DOW-UAP-D48, Department of the Air Force Report, 1996
Agency: Department of War
Incident date: 9/10/96
Page 6
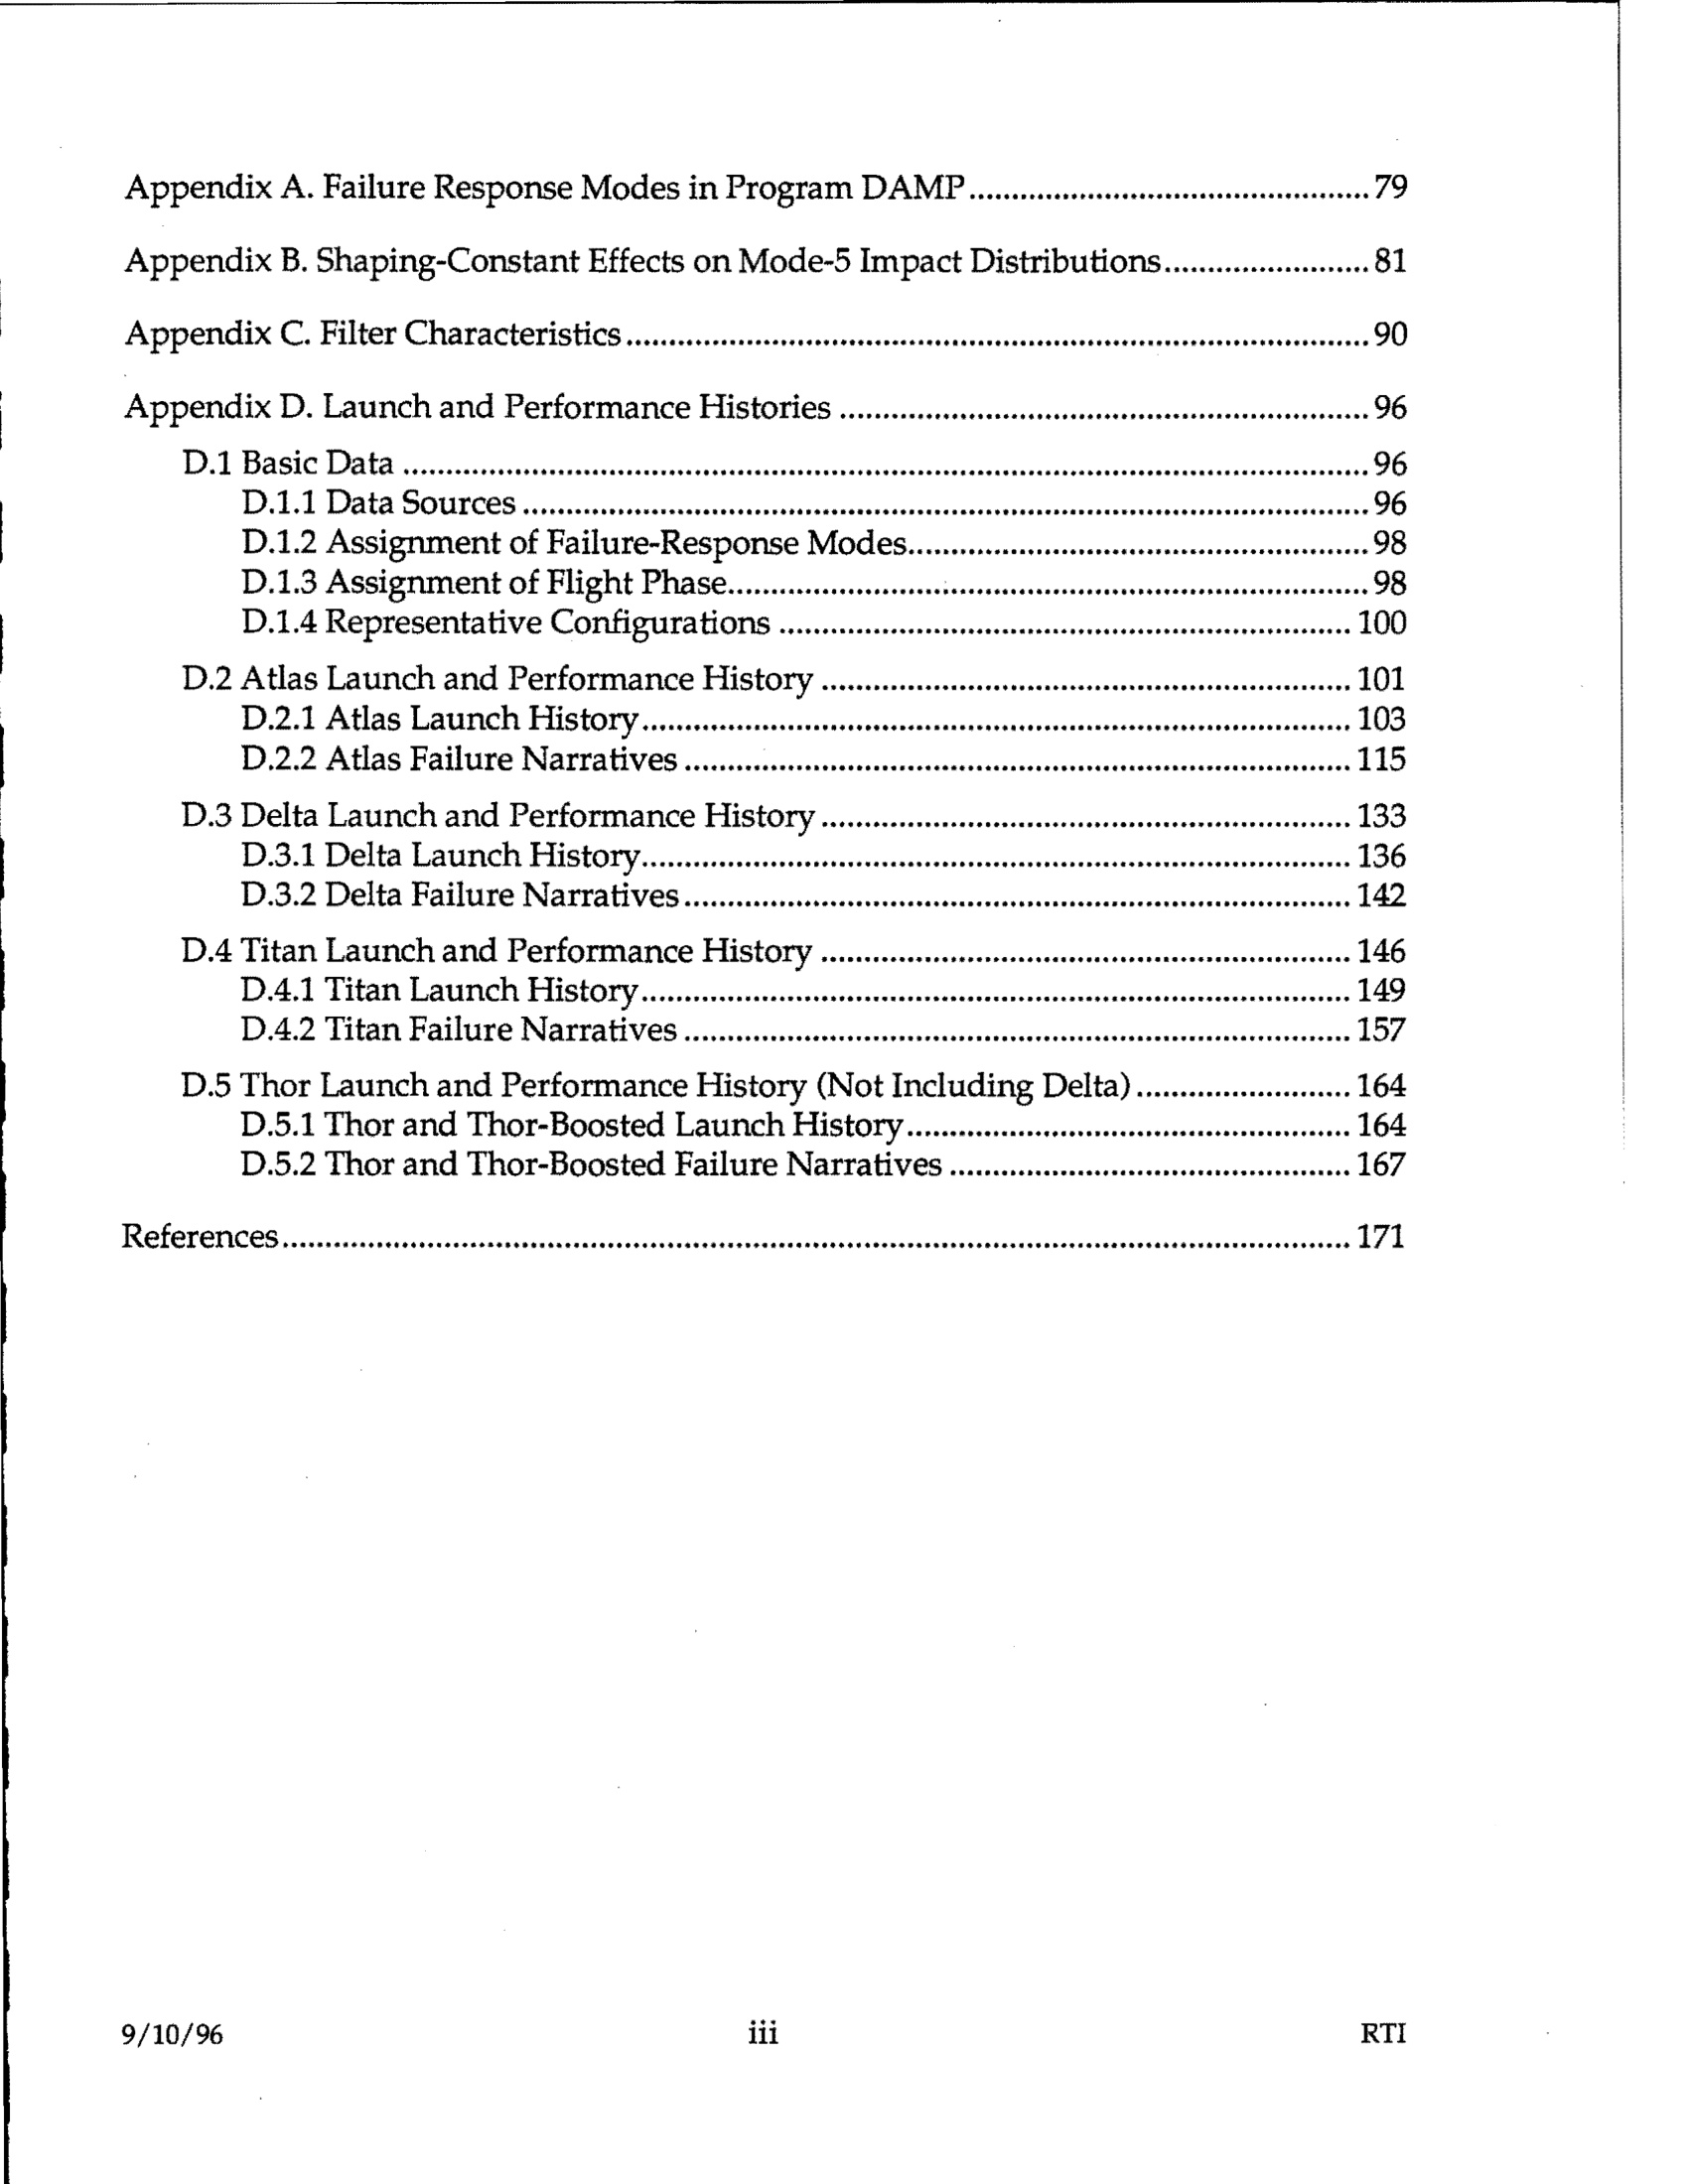